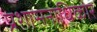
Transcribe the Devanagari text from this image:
प्रशासनाधिकार